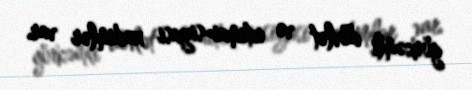
görkəmli dövlət və ictimai-siyasi xadimlər var.